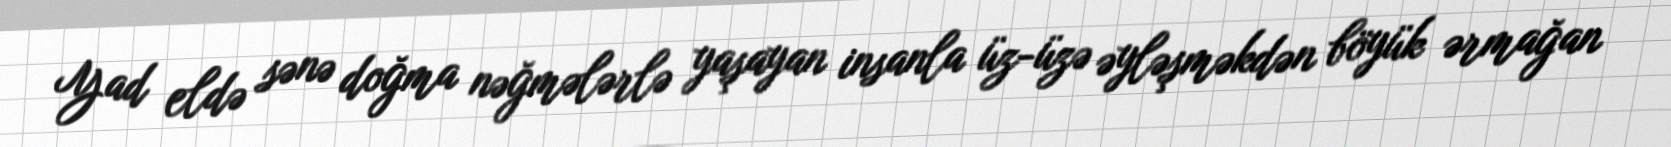
Yad eldə sənə doğma nəğmələrlə yaşayan insanla üz-üzə əyləşməkdən böyük ərmağan